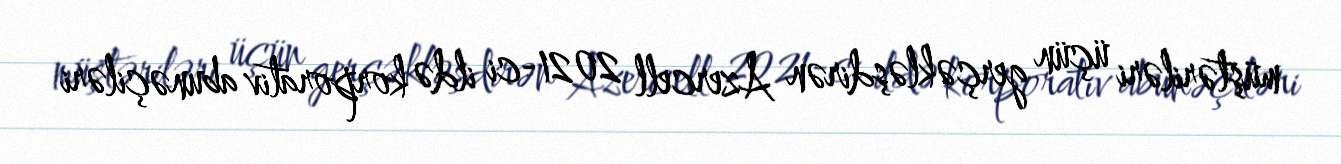
müştəriləri üçün gerçəkləşdirən Azercell 2021-ci ildə korporativ abunəçiləri